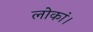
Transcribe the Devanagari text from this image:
लोकां।